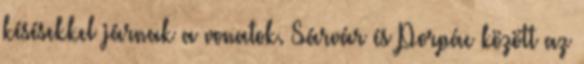
késésekkel járnak a vonatok. Sárvár és Porpác között az